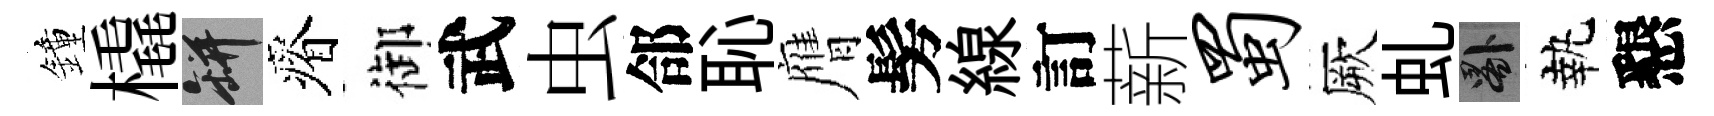
鐘橇瓶瘠御武虫郃恥膺髣線訂薪蜀厥虬晷執懇